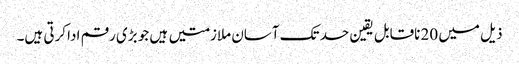
ذیل میں 20 ناقابل یقین حد تک آسان ملازمتیں ہیں جو بڑی رقم ادا کرتی ہیں۔